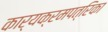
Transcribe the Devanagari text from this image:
कार्यक्रमपत्रिका